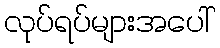
လုပ်ရပ်များအပေါ်